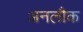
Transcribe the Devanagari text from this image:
अनलौक